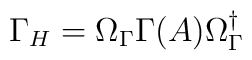
\Gamma _H =\Omega _\Gamma \Gamma (A)\Omega ^\dagger_\Gamma